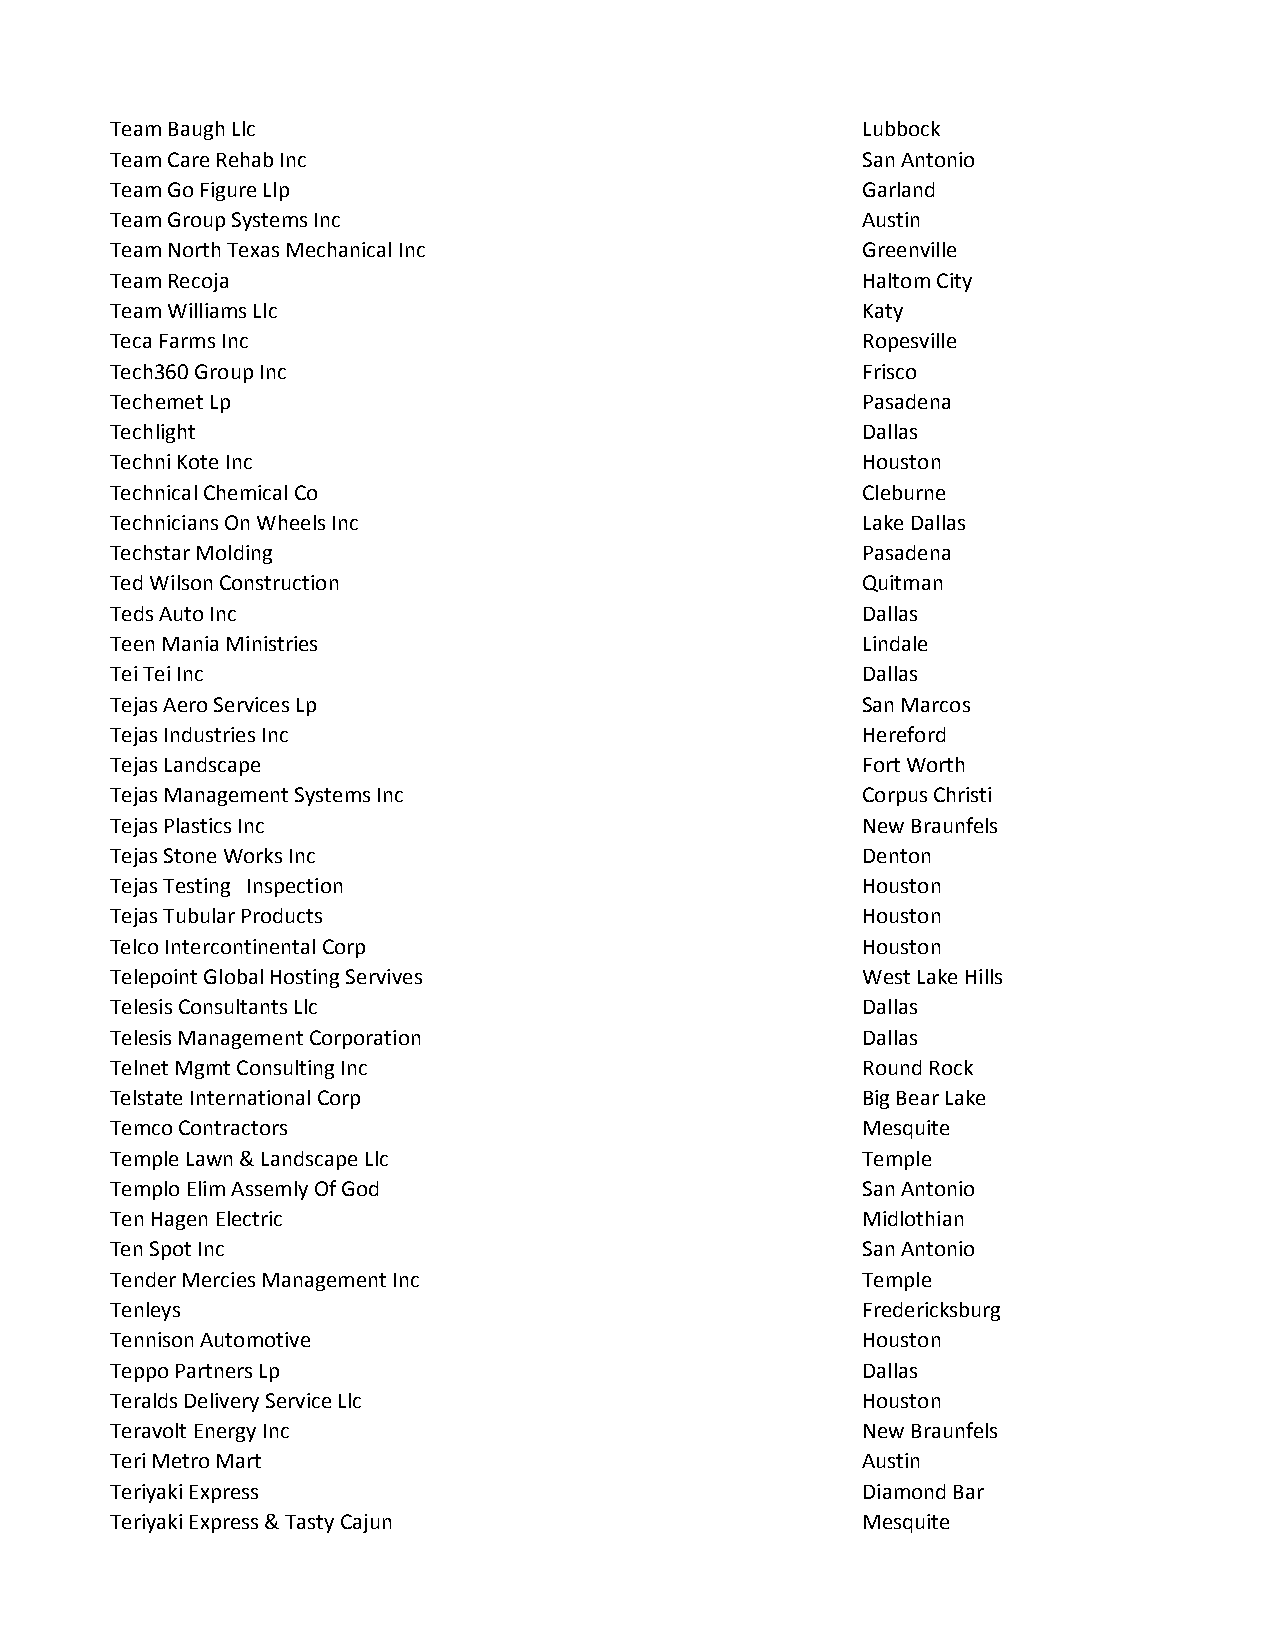
Team Baugh Llc                                    Lubbock
 Team Care Rehab Inc                               San Antonio
 Team Go Figure Llp                                Garland
 Team Group Systems Inc                            Austin
 Team North Texas Mechanical Inc                   Greenville
 Team Recoja                                       Haltom City
 Team Williams Llc                                 Katy
 Teca Farms Inc                                    Ropesville
 Tech360 Group Inc                                 Frisco
 Techemet Lp                                       Pasadena
 Techlight                                         Dallas
 Techni Kote Inc                                   Houston
 Technical Chemical Co                             Cleburne
 Technicians On Wheels Inc                         Lake Dallas
 Techstar Molding                                  Pasadena
 Ted Wilson Construction                           Quitman
 Teds Auto Inc                                     Dallas
 Teen Mania Ministries                             Lindale
 Tei Tei Inc                                       Dallas
 Tejas Aero Services Lp                            San Marcos
 Tejas Industries Inc                              Hereford
 Tejas Landscape                                   Fort Worth
 Tejas Management Systems Inc                      Corpus Christi
 Tejas Plastics Inc                                New Braunfels
 Tejas Stone Works Inc                             Denton
 Tejas Testing Inspection                          Houston
 Tejas Tubular Products                            Houston
 Telco Intercontinental Corp                       Houston
 Telepoint Global Hosting Servives                 West Lake Hills
 Telesis Consultants Llc                           Dallas
 Telesis Management Corporation                    Dallas
 Telnet Mgmt Consulting Inc                        Round Rock
 Telstate International Corp                       Big Bear Lake
 Temco Contractors                                 Mesquite
 Temple Lawn & Landscape Llc                       Temple
 Templo Elim Assemly Of God                        San Antonio
 Ten Hagen Electric                                Midlothian
 Ten Spot Inc                                      San Antonio
 Tender Mercies Management Inc                     Temple
 Tenleys                                           Fredericksburg
 Tennison Automotive                               Houston
 Teppo Partners Lp                                 Dallas
 Teralds Delivery Service Llc                      Houston
 Teravolt Energy Inc                               New Braunfels
 Teri Metro Mart                                   Austin
 Teriyaki Express                                  Diamond Bar
 Teriyaki Express & Tasty Cajun                    Mesquite